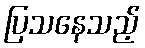
ပြသနေသည့်